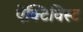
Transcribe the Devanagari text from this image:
ऐक्टिविस्ट